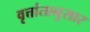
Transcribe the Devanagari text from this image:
वृत्तांतानुसार